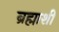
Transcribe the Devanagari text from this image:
ब्रह्माशी